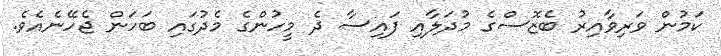
ކަމުން ވަރިވާއިރު ބެޒޮސްގެ މުދަލާއި ފައިސާ ދެ މީހުންގެ މެދުގައި ބަހަން ޖެހޭނެއެވެ.